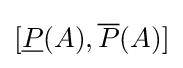
[{\underline {P}}(A),{\overline {P}}(A)]